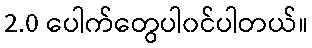
2.0 ပေါက်တွေပါ၀င်ပါတယ်။